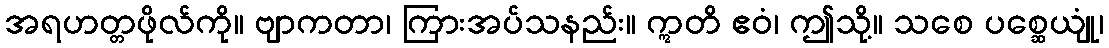
အရဟတ္တဖိုလ်ကို။ ဗျာကတာ၊ ကြားအပ်သနည်း။ ဣတိ ဧဝံ၊ ဤသို့။ သစေ ပစ္ဆေယျုံ၊